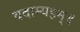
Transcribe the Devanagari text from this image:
वदाम्यहम्॥